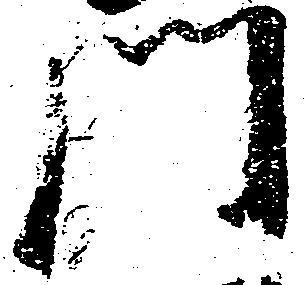
門